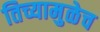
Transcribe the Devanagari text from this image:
तिच्यामुळेच